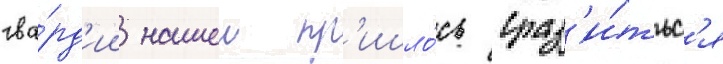
гва́рд'ии нашеи пр'ишло́сь сраз'и́тьс'я